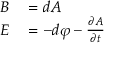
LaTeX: \begin{array} { r l } { B } & { { } = d A } \\ { E } & { { } = - d \varphi - { \frac { \partial A } { \partial t } } } \end{array}